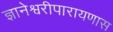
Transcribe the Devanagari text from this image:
ज्ञानेश्वरीपारायणास